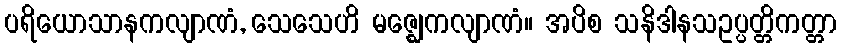
ပရိယောသာနကလျာဏံ, သေသေဟိ မဇ္ဈေကလျာဏံ။ အပိစ သနိဒါနသဥပ္ပတ္တိကတ္တာ